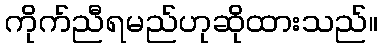
ကိုက်ညီရမည်ဟုဆိုထားသည်။